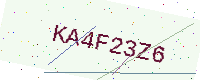
Text: KA4F23Z6